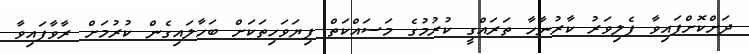
ދަށްކޮށްފައިވާ ފެލިވަރު ކާރުނާހާ ތަރައްގީ ކުރުމުގެ މަސައްކަތް ފިޔަވަހިތަކަށް ބަހާލައިގެން ކުރުމަށް ރާވާފައިވާ